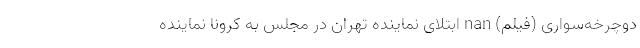
دوچرخه‌سواری (فیلم) nan ابتلای نماینده تهران در مجلس به کرونا نماینده